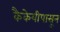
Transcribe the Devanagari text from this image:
कैकेयीपासून